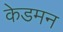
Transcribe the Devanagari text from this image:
केडमन